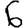
Digit: 6